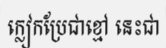
ក្លៀកប្រែជាខ្មៅ នេះជា